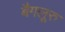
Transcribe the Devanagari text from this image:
बैगलूरु